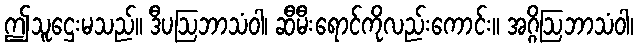
ဤသူဌေးမသည်။ ဒီပဩဘာသံဝါ၊ ဆီမီးရောင်ကိုလည်းကောင်း။ အဂ္ဂိဩဘာသံဝါ၊